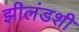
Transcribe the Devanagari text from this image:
झीलंडशी